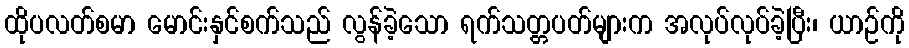
ထိုပလတ်စမာ မောင်းနှင်စက်သည် လွန်ခဲ့သော ရက်သတ္တပတ်များက အလုပ်လုပ်ခဲ့ပြီး၊ ယာဉ်ကို